Vaccination in Bombay 1902-1912 - 1902-1912
Year: 1902
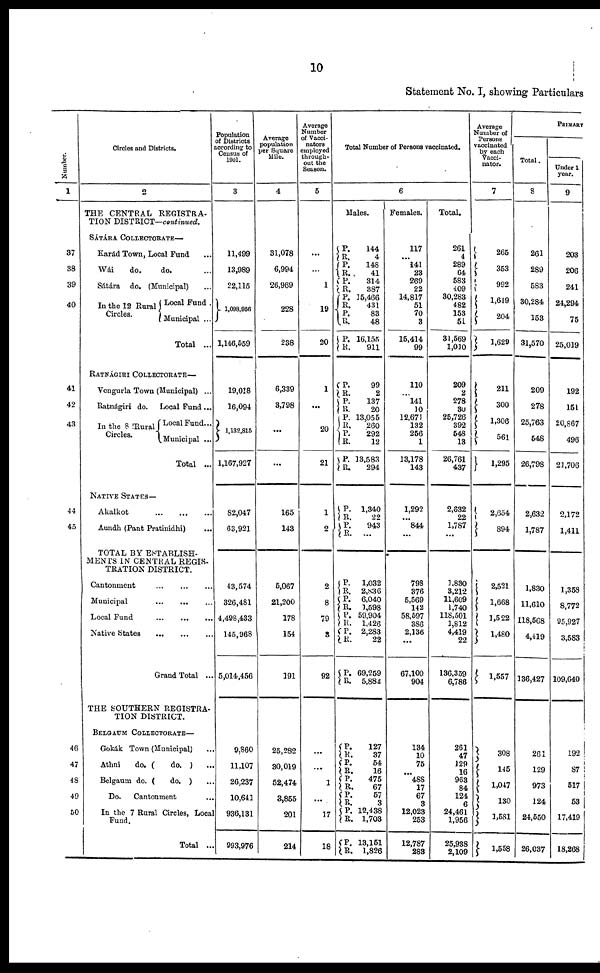
10
Statement No. I, showing Particulars
Number.
1
37
38
39
40
41
42
43
44
45
46
47
48
49
50
Circles and Districts.
2
THE CENTRAL REGISTRA-
TION DISTRICT—continued.
SÁTÁRA COLLECTORATE—
Karád Town, Local Fund ...
Wái
do.
do. ...
Sátára do. (Municipal) ...
In the 12 Rural
Circles.
Local Fund .
Municipal ...
Total ...
RATNÁGIRI COLLECTORATE—
Vengurla Town (Municipal) ...
Ratnágiri do. Local Fund ...
In the 8 Rural
Circles.
Local Fund...
Municipal ...
Total ...
NATIVE STATES—
Akalkot
...
...
...
Aundh (Pant Pratinidhi) ...
TOTAL BY ESTABLISH-
MENTS IN CENTRAL REGIS-
TRATION DISTRICT.
Cantonment ... ... ...
Municipal
...
...
...
Local Fund
...
...
...
Native States ... ... ...
Grand Total ...
THE SOUTHERN REGISTRA-
TION DISTRICT.
BELGAUM COLLECTORATE—
Gokák Town (Municipal) ...
Athni
do. (
do. ) ...
Belgaum do. (
do. ) ...
Do.
Cantonment ...
In the 7 Rural Circles, Local
Fund.
Total ...
Population
of Districts
according to
Census of
1901.
3
11,499
13,989
22,115
1,098,956
1,146,559
19,018
16,094
1,132,815
1,167,927
82,047
63,921
43,574
326,481
4,498,433
145,968
5,014,456
9,860
11,107
26,237
10,641
936,131
993,976
Average
population
per Square
Mile.
4
31,078
6,994
26,969
228
238
6,339
3,798
...
...
162
143
5,067
21,200
178
154
191
25,282
30,019
52,474
3,855
201
214
Average
Number
of Vacci¬
nators
employed
through-
out the
Season.
5
...
...
1
19
20
1
...
20
21
1
2
2
8
79
3
92
...
...
1
...
17
18
Total Number of Persons vaccinated.
6
Males.
P.
R.
P.
R. P.
R.
P.
R.
P.
R.
P.
R.
144
4
148
41
314
387
15,466
431
83
48
16,155
911
P.
R.
P .
R. P.
R. P.
R.
P.
R.
99
2
137
20
13,055
260
292
12
13,583
294
P.
R.
P.
R.
1,340
22
943
...
P.
R. P.
R.
P.
R.
P.
R.
P.
R.
1,032
2,836
6,040
1,598
59,904
1,426
2,283
22
69,259
5,882
P.
R.
P.
R.
P.
R. P.
R.
P. R.
P.
R.
127
37
54
16
475
67
57
3
12,438
1,703
13,151
1,826
Females.
117
...
141
23
269
22
14,817
51
70
3
15,414
99
110
...
141
10
12,671
132
256
1
13,178
143
1,292
...
844
...
798
376
5,569
142
58,597
386
2,136
...
67,100
904
134
10
75
...
488
17
67
3
12,023
253
12,787
283
Total.
261
4
289
64
583
409
30,283
482
153
51
31,569
1,010
209
2
278
30
25,726
392
548
13
26,761
437
2,632
22
1,787
...
1,830
3,212
11,609
1,740
118,501
1,812
4,419
22
136,359
6,786
261
47
129
16
963
84
124
6
24,461
1,956
25,938
2,109
Average
Number of
Persons
vaccinated
by each
Vacci¬
nator.
7
265
353
992
1,619
204
1,629
211
300
1,306
561
1,295
2,654
894
2,521
1,668
1,522
1,480
1,557
308
145
1,047
130
1,581
1,558
PRIMARY
Total.
8
261
289
583
30,284
153
31,570
209
278
25,763
548
26,798
2,632
1,787
1,830
11,610
118,568
4,419
136,427
261
129
973
124
24,550
26,037
Under 1
year.
9
203
206
241
24,294
75
25,019
192
151
20,867
496
21,706
2,172
1,411
1,358
8,772
95,927
3,583
109,640
192
87
517
53
17,419
18,268